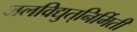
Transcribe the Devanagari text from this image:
जलविद्युत्‌निर्मिती